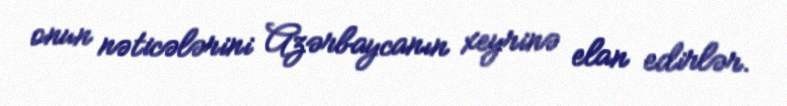
onun nəticələrini Azərbaycanın xeyrinə elan edirlər.